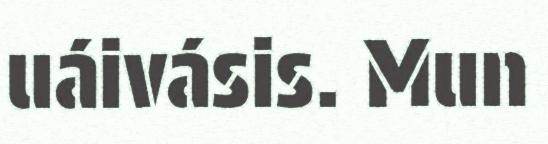
uáivásis. Mun